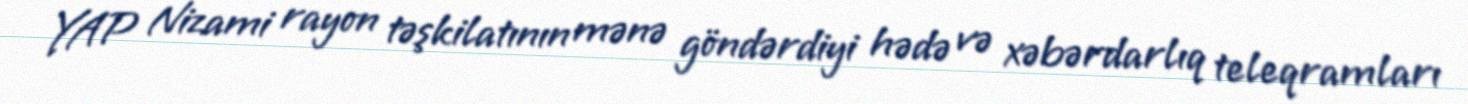
YAP Nizami rayon təşkilatının mənə göndərdiyi hədə və xəbərdarlıq teleqramları